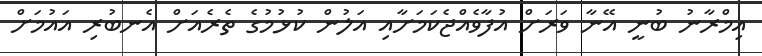
އިމްރާނު ބުނީ އޭނާ ވަރަށް އުފާވެއްޖެކަމަށާއި އަލުން ކުޅުމުގެ ތެރެއަށް އެނބުރި އައުމަށް